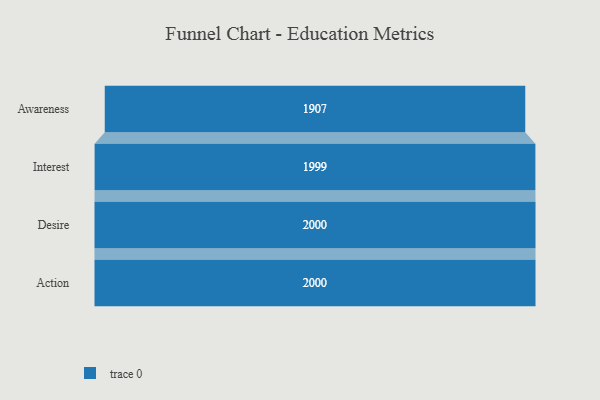
{"axis": {"x": "Stage", "y": "Value"}, "legend": [""], "data": [{"x": "Awareness", "y": 1907.0, "type": ""}, {"x": "Interest", "y": 1999.0, "type": ""}, {"x": "Desire", "y": 2000, "type": ""}, {"x": "Action", "y": 2000, "type": ""}]}